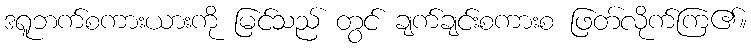
ဒရူဘက်စကားယားကို မြင်သည် တွင် ချက်ချင်းစကားစ ဖြတ်လိုက်ကြ၏။